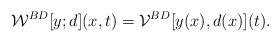
LaTeX: \begin{align*}\mathcal{W}^{BD}[y;d](x,t) = \mathcal{V}^{BD}[y(x),d(x)](t).\end{align*}